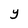
Character: y